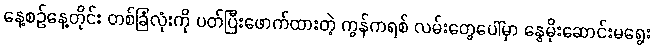
နေ့စဉ်နေ့တိုင်း တစ်ခြံလုံးကို ပတ်ပြီးဖောက်ထားတဲ့ ကွန်ကရစ် လမ်းတွေပေါ်မှာ နွေမိုးဆောင်းမရွေး